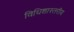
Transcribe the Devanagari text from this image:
विधिशास्तरीय